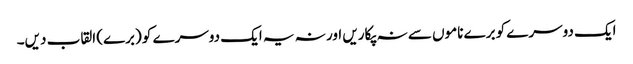
ایک دوسرے کو برے ناموں سے نہ پکاریں اور نہ یہ ایک دوسرے کو (برے) القاب دیں۔